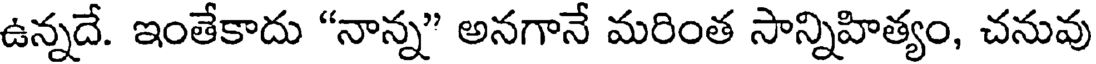
ఉన్నదే. ఇంతేకాదు "నాన్న" అనగానే మరింత సాన్నిహిత్యం, చనువు